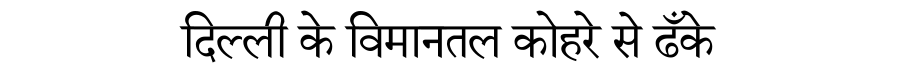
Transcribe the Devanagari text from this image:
दिल्ली के विमानतल कोहरे से ढँके